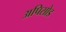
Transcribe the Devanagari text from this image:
अपिसोड